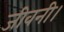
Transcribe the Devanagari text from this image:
जीवनी।